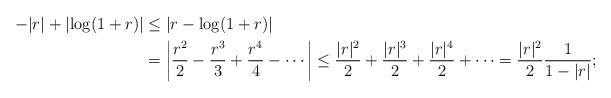
\begin{align*} -\lvert r\rvert + \lvert\log(1 + r)\rvert &\leq \lvert r - \log(1 + r)\rvert \\ &= \biggl\lvert\frac{r^2}{2} - \frac{r^3}{3} + \frac{r^4}{4} - \dotsb\biggr\rvert\leq \frac{\lvert r\rvert^2}{2} + \frac{\lvert r\rvert^3}{2} + \frac{\lvert r\rvert^4}{2} + \dotsb= \frac{\lvert r\rvert^2}{2}\frac{1}{1 - \lvert r\rvert};\end{align*}